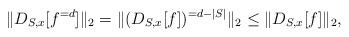
LaTeX: \begin{align*} \|D_{S,x}[f^{=d}]\|_2 = \| (D_{S,x}[f])^{= d-|S|} \|_2 \le \|D_{S,x}[f]\|_2, \end{align*}